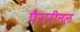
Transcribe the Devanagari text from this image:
पैरारीनल